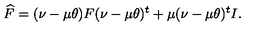
\widehat F = ( \nu - \mu \theta ) F ( \nu - \mu \theta ) ^ { t } + \mu ( \nu - \mu \theta ) ^ { t } I .